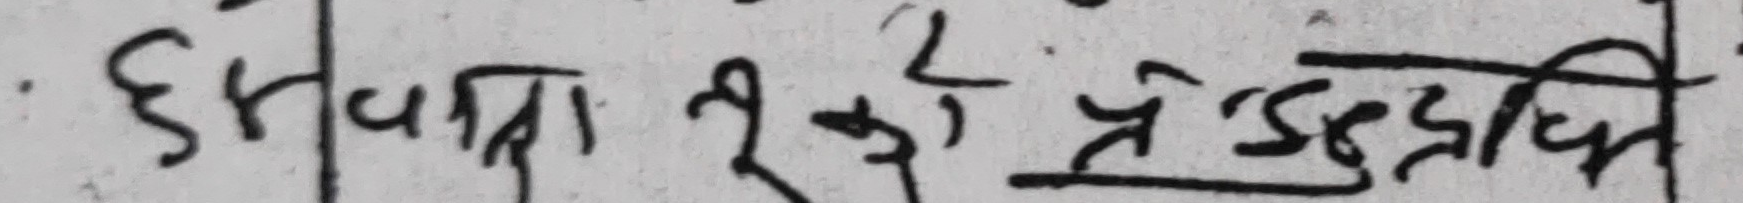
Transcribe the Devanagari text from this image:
छलपत्रको प्रेरणस्थिति